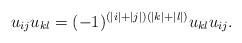
LaTeX: \begin{align*}u_{i j} u_{k l}=(-1)^{(|i|+|j|) (|k|+|l|)} u_{k l} u_{i j} .\end{align*}